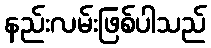
နည်းလမ်းဖြစ်ပါသည်